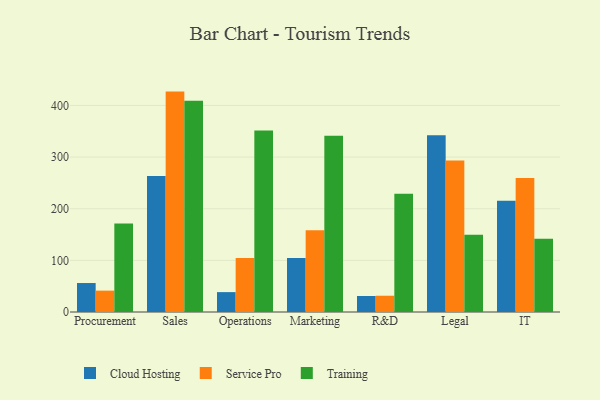
{"axis": {"x": "Department", "y": "Humidity (%)"}, "legend": ["Cloud Hosting", "Service Pro", "Training"], "data": [{"x": "Procurement", "y": 56.1, "type": "Cloud Hosting"}, {"x": "Procurement", "y": 41.4, "type": "Service Pro"}, {"x": "Procurement", "y": 171.6, "type": "Training"}, {"x": "Sales", "y": 263.5, "type": "Cloud Hosting"}, {"x": "Sales", "y": 426.8, "type": "Service Pro"}, {"x": "Sales", "y": 408.9, "type": "Training"}, {"x": "Operations", "y": 38.5, "type": "Cloud Hosting"}, {"x": "Operations", "y": 104.5, "type": "Service Pro"}, {"x": "Operations", "y": 351.5, "type": "Training"}, {"x": "Marketing", "y": 104.8, "type": "Cloud Hosting"}, {"x": "Marketing", "y": 158.2, "type": "Service Pro"}, {"x": "Marketing", "y": 341.1, "type": "Training"}, {"x": "R&D", "y": 31.0, "type": "Cloud Hosting"}, {"x": "R&D", "y": 31.5, "type": "Service Pro"}, {"x": "R&D", "y": 228.8, "type": "Training"}, {"x": "Legal", "y": 342.3, "type": "Cloud Hosting"}, {"x": "Legal", "y": 293.5, "type": "Service Pro"}, {"x": "Legal", "y": 149.6, "type": "Training"}, {"x": "IT", "y": 215.5, "type": "Cloud Hosting"}, {"x": "IT", "y": 259.5, "type": "Service Pro"}, {"x": "IT", "y": 141.7, "type": "Training"}]}